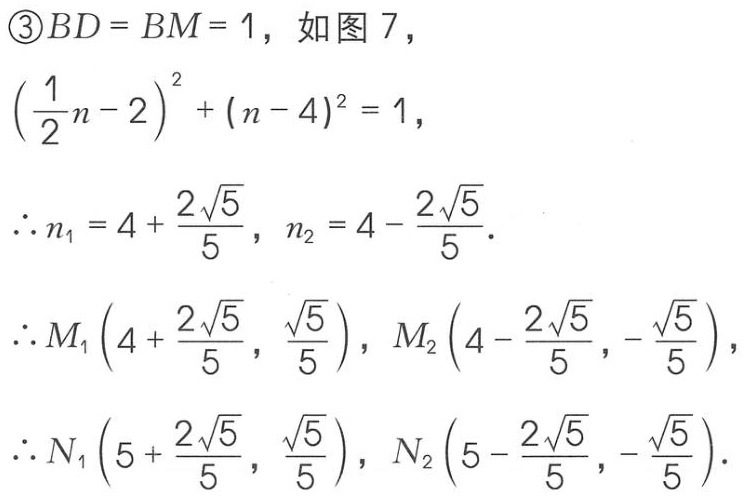
\textcircled{3}$BD = BM = 1$，如图 7，
$\left(\frac{1}{2}n - 2\right)^2 + (n - 4)^2 = 1$，
$\therefore n_{1}=4+\frac{2\sqrt{5}}{5}$，$n_{2}=4-\frac{2\sqrt{5}}{5}$．
$\therefore M_{1}\left(4+\frac{2\sqrt{5}}{5},\frac{\sqrt{5}}{5}\right)$，$M_{2}\left(4-\frac{2\sqrt{5}}{5},-\frac{\sqrt{5}}{5}\right)$，
$\therefore N_{1}\left(5+\frac{2\sqrt{5}}{5},\frac{\sqrt{5}}{5}\right)$，$N_{2}\left(5-\frac{2\sqrt{5}}{5},-\frac{\sqrt{5}}{5}\right)$．